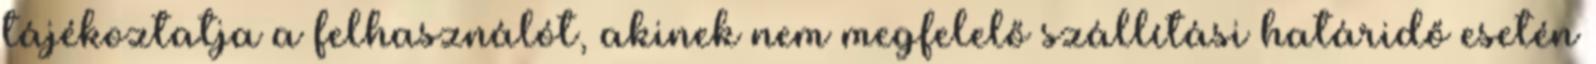
tájékoztatja a felhasználót, akinek nem megfelelő szállítási határidő esetén